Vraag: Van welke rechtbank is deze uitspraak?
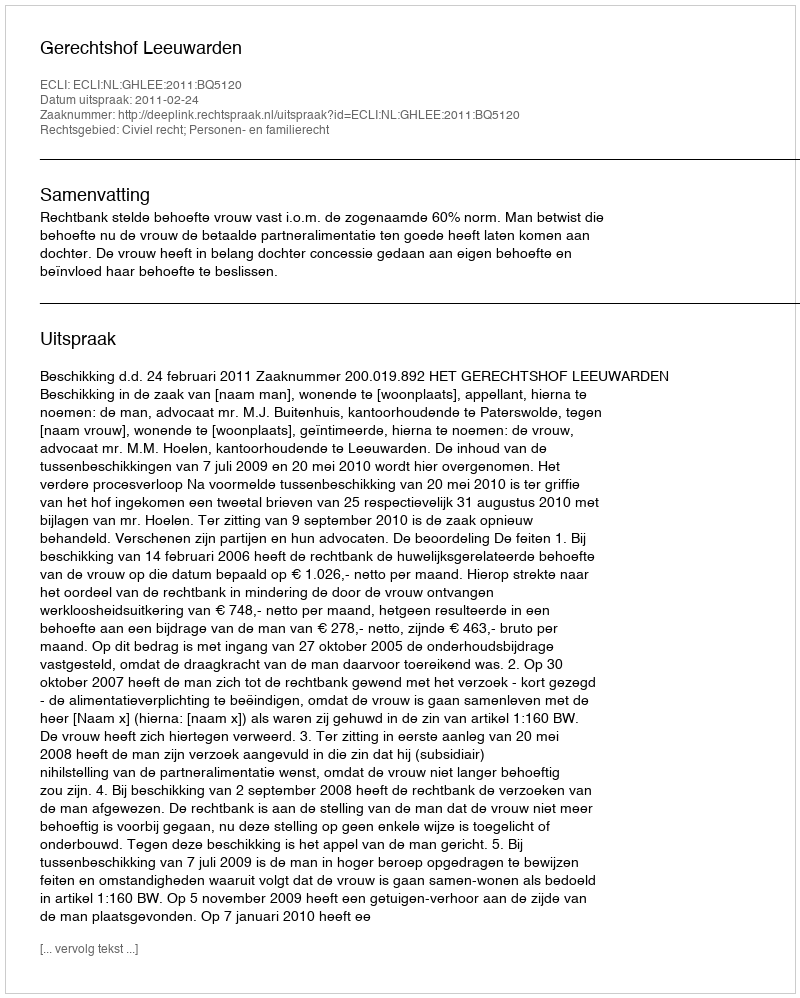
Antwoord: Gerechtshof Leeuwarden